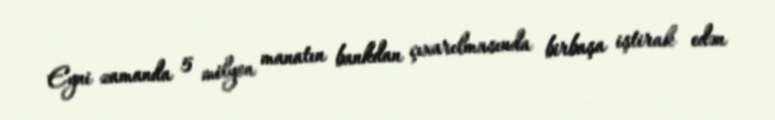
Eyni zamanda 5 milyon manatın bankdan çıxarılmasında birbaşa iştirak edən